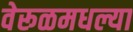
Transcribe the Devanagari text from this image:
वेरूळमधल्या